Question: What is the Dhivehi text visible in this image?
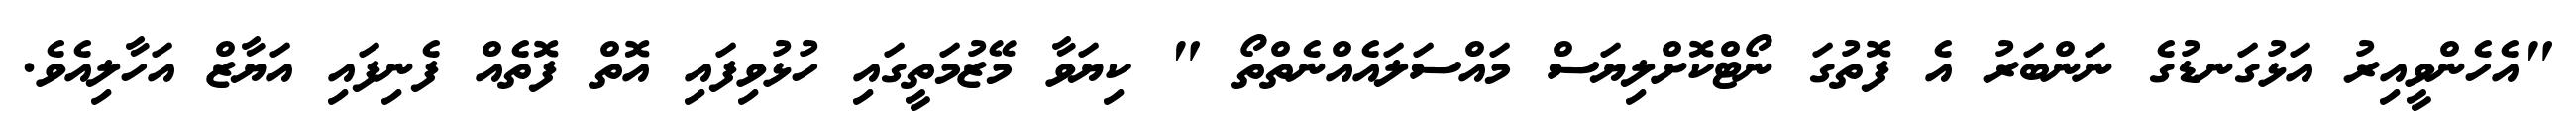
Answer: "އެހެންވީއިރު އަޅުގަނޑުގެ ނަންބަރު އެ ފޮތުގަ ނޯޓްކޮށްލިޔަސް މައްސަލައެއްނެތްތޯ " ކިޔަވާ މޭޒުމަތީގައި ހުޅުވިފައި އޮތް ފޮތެއް ފެނިފައި އަޔާޒް އަހާލިއެވެ.